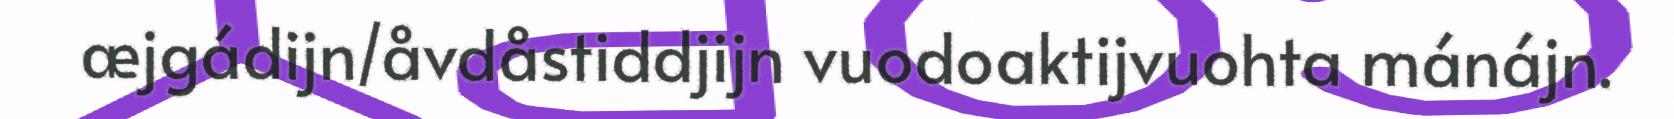
æjgádijn/åvdåstiddjijn vuodoaktijvuohta mánájn.